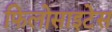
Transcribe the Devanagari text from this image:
फिलोसाइटेस